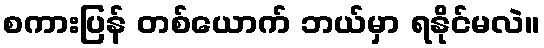
စကားပြန် တစ်ယောက် ဘယ်မှာ ရနိုင်မလဲ။